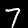
Label: 7